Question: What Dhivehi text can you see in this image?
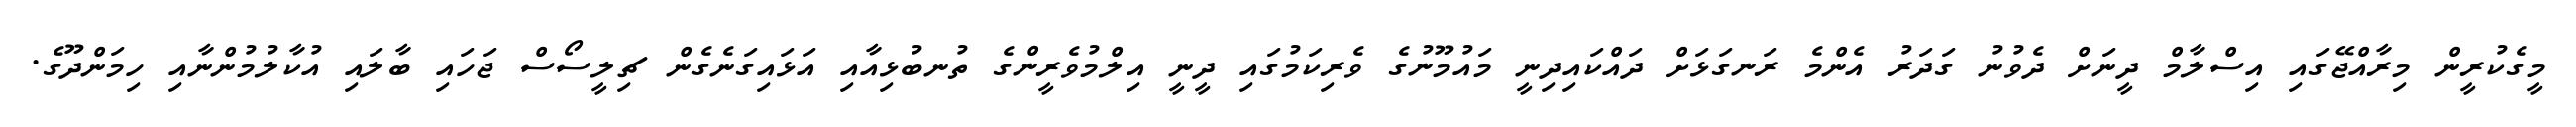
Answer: މީގެކުރީން މިރާއްޖޭގައި އިސްލާމް ދީނަށް ދެވުނު ގަދަރު އެންމެ ރަނގަޅަށް ދައްކައިދިނީ މައުމޫނުގެ ވެރިކަމުގައި ދީނީ އިލްމުވެރީންގެ ތުނބުޅިއާއި އަޅައިގަނެގެން ޗިލީސޯސް ޖަހައި ބާލައި އުކާލުމުންނާއި ހިމަންދޫގެ.